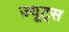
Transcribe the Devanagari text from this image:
ज्यूट्स